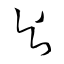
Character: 與